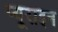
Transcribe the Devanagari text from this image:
प्यूराइन